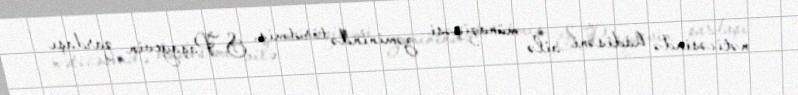
nəticəsində hadisəni ailə münaqişəsi zəminində törətmiş, S.Paşayevin qardaşı